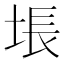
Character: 㙊